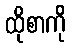
ထိုစာကို